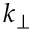
k _ { \perp }